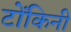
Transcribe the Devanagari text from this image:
टोंकिनी